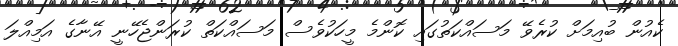
ކެއުން ބުއިމަށް ކުރެވޭ މަސައްކަތުގައި ކޮންމެ މީހަކުވެސް މަސައްކަތް ކުރަންޖެހޭނީ އޭނާގެ އަމިއްލަ